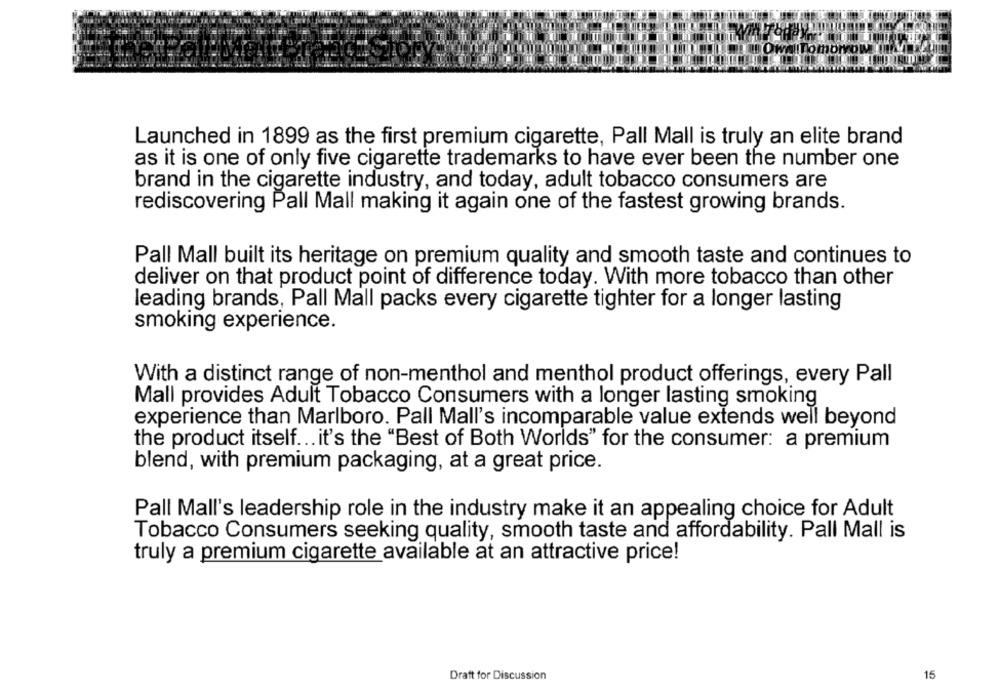
nom
Launched in 1899 as the first premium cigarette, Pall Mall is truly an elite brand
as it is one of only five cigarette trademarks to have ever been the number one
brand in the cigarette industry, and today, adult tobacco consumers are
rediscovering Pall Mall making it again one of the fastest growing brands.
Pall Mall built its heritage on premium quality and smooth taste and continues to
deliver on that product point of difference today. With more tobacco than other
leading brands, Pall Mall packs every cigarette tighter for a longer lasting
smoking experience.
With a distinct range of non-menthol and menthol product offerings, every Pall
Mall provides Adult Tobacco Consumers with a longer lasting smoking
experience than Marlboro. Pall Mall's incomparable value extends well beyond
the product itself ... it's the "Best of Both Worlds" for the consumer: a premium
blend, with premium packaging, at a great price.
Pall Mall's leadership role in the industry make it an appealing choice for Adult
Tobacco Consumers seeking quality, smooth taste and affordability. Pall Mall is
truly a premium cigarette available at an attractive price!
Draft for Discussion
15